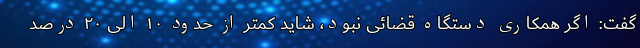
گفت: اگر همکاری دستگاه قضائی نبود، شاید کمتر از حدود ۱۰ الی ۲۰ درصد